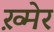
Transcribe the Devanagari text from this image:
ख़्मेर